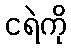
ငရဲကို